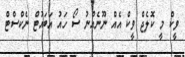
ވީކް މީ ކޮލެޖް ވީކް އެއް ނޫނެއްނު ސޯ ހައު އަބައުޓް ނެކްސްޓް